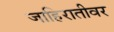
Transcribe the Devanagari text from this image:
जाहिरातीवर